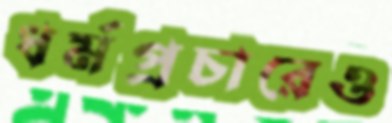
ধর্মপ্রচারেও